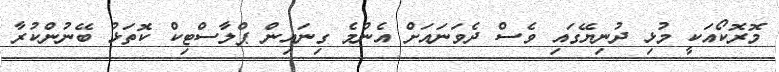
މޮރޮކޯއަކީ މުޅި ދުނިޔޭގައި ވެސް ދެވަނައަށް އެންމެ ގިނައިން ޕްލާސްޓިކް ކޮތަޅު ބޭނުންކުރާ